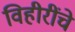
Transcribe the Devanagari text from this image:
विहीरींचे